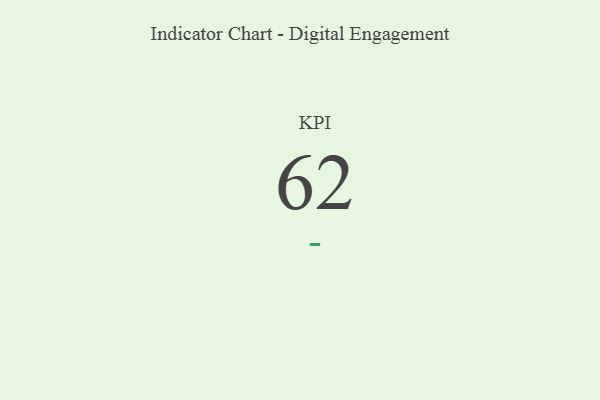
{"axis": {"x": "KPI", "y": "Value"}, "legend": [""], "data": [{"x": "KPI", "y": 62, "type": ""}]}